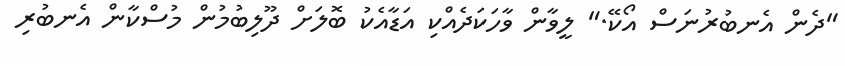
"ދެން އެނބުރުނަސް އޯކޭ." ލީވާން ވާހަކަދެއްކި އަޑާއެކު ބޮލަށް ދޫލިބުމުން މުސްކާން އެނބުރި